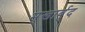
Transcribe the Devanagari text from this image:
मुखार्बुद